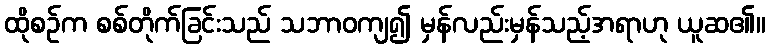
ထိုစဉ်က စစ်တိုက်ခြင်းသည် သဘာဝကျ၍ မှန်လည်းမှန်သည့်အရာဟု ယူဆ၏။